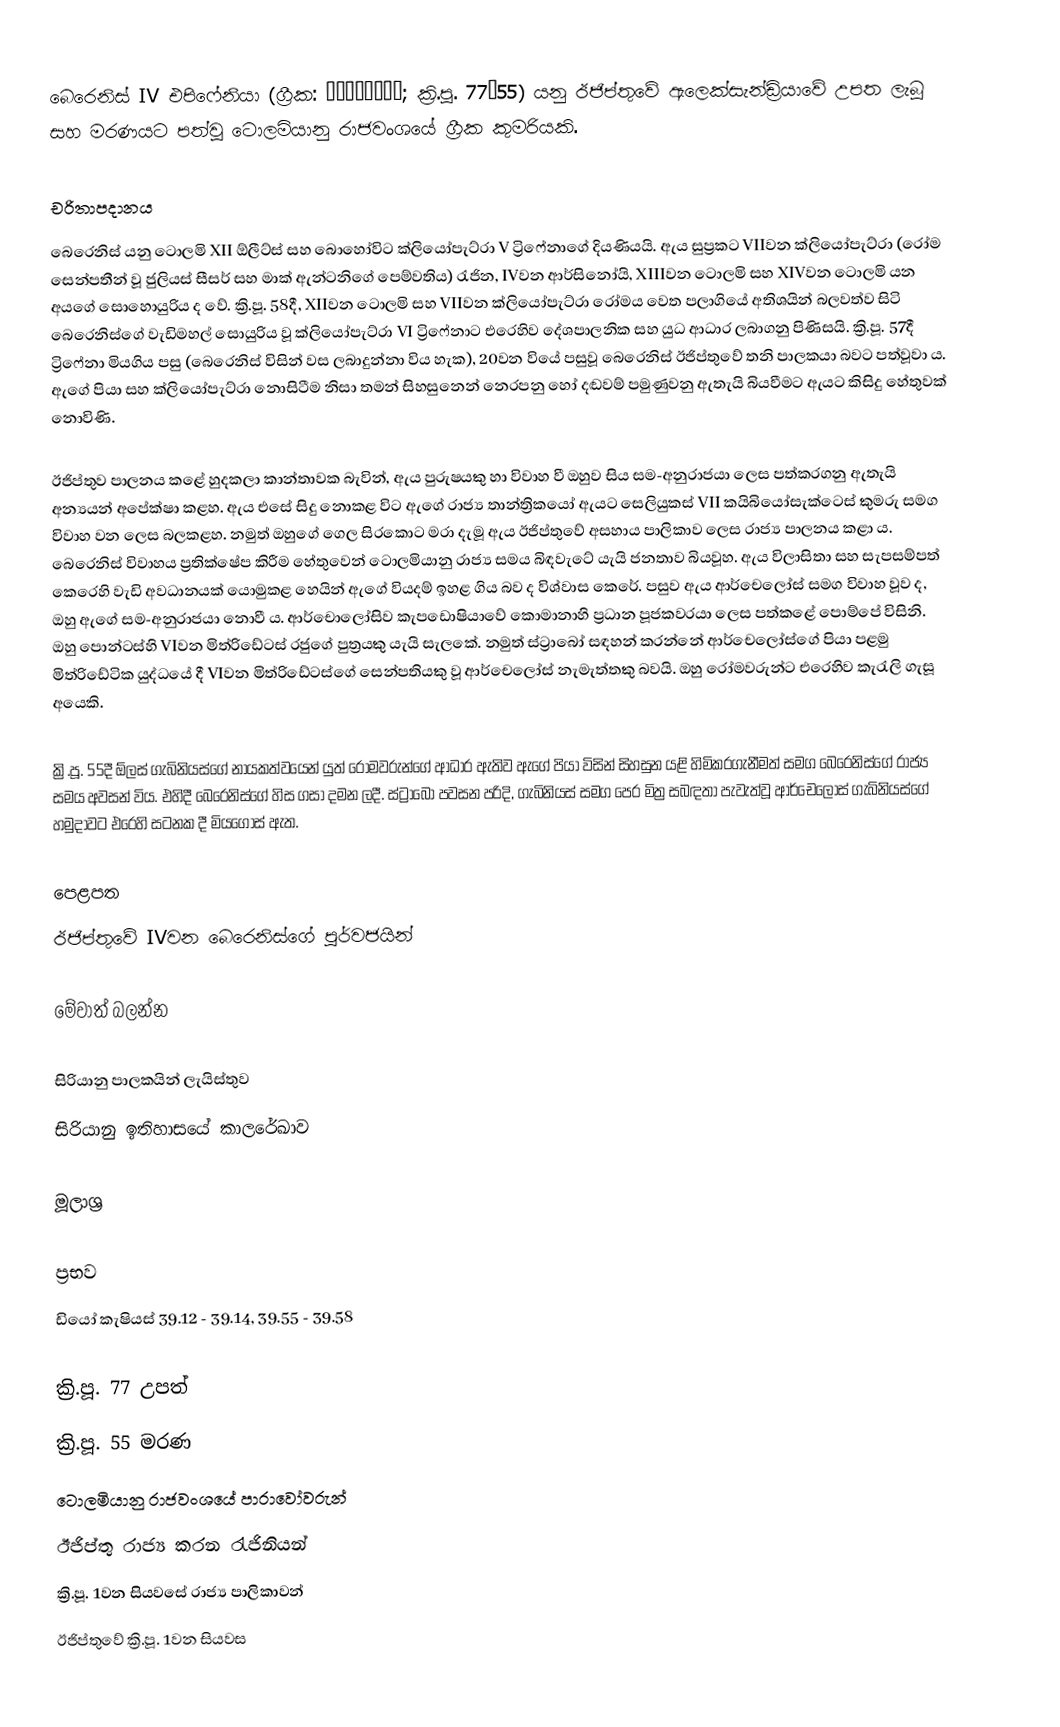
බෙරෙනිස් IV එපිෆේනියා (ග්‍රීක: Βερενίκη; ක්‍රි.පූ. 77–55) යනු ඊජිප්තුවේ ඇලෙක්සැන්ඩ්‍රියාවේ උපත ලැබූ සහ මරණයට පත්වූ ටොලමියානු රාජවංශයේ ග්‍රීක කුමරියකි.

චරිතාපදානය
බෙරෙනිස් යනු ටොලමි XII ඕලීට්ස් සහ බොහෝවිට ක්ලියෝපැට්රා V ට්‍රිෆේනා‍ගේ දියණියයි. ඇය සුප්‍රකට VIIවන ක්ලියෝපැට්රා (රෝම සෙන්පතීන් වූ ජුලියස් සීසර් සහ මාක් ඇන්ටනිගේ පෙම්වතිය) රැජින, IVවන ආර්සිනෝයි, XIIIවන ටොලමි සහ XIVවන ටොලමි යන අයගේ සොහොයුරිය ද වේ. ක්‍රි.පූ. 58දී, XIIවන ටොලමි සහ VIIවන ක්ලියෝපැට්රා රෝමය වෙත පලාගියේ අතිශයින් බලවත්ව සිටි බෙරෙනිස්ගේ වැඩිමහල් සොයුරිය වූ ක්ලියෝපැට්රා VI ට්‍රිෆේනාට එරෙහිව දේශපාලනික සහ යුධ ආධාර ලබාගනු පිණිසයි. ක්‍රි.පූ. 57දී ට්‍රිෆේනා මියගිය පසු (බෙරෙනිස් විසින් වස ලබාදුන්නා විය හැක), 20වන වියේ පසුවූ බෙරෙනිස් ඊජිප්තුවේ තනි පාලකයා බවට පත්වූවා ය. ඇගේ පියා සහ ක්ලියෝපැට්රා නොසිටීම නිසා තමන් සිහසුනෙන් නෙරපනු හෝ දඬවම් පමුණුවනු ඇතැයි බියවීමට ඇයට කිසිදු හේතුවක් නොවිණි.

ඊජිප්තුව පාලනය කළේ හුදකලා කාන්තාවක බැවින්, ඇය පුරුෂයකු හා විවාහ වී ඔහුව සිය සම-අනුරාජයා ලෙස පත්කරගනු ඇතැයි අන්‍යයන් අපේක්ෂා කළහ. ඇය එසේ සිදු නොකළ විට ඇගේ රාජ්‍ය තාන්ත්‍රිකයෝ ඇයට සෙලියුකස් VII කයිබියෝසැක්ටෙස් කුමරු සමග විවාහ වන ලෙස බලකළහ. නමුත් ඔහුගේ ගෙල සිරකොට මරා දැමූ ඇය ඊජිප්තුවේ අසහාය පාලිකාව ලෙස රාජ්‍ය පාලනය කළා ය. බෙරෙනිස් විවාහය ප්‍රතික්ෂේප කිරීම හේතුවෙන්‍ ටොලමියානු රාජ්‍ය සමය බිඳවැටේ යැයි ජනතාව බියවූහ. ඇය විලාසිතා සහ සැපසම්පත් කෙරෙහි වැඩි අවධානයක් යොමුකළ හෙයින් ඇගේ වියදම් ඉහළ ගිය බව ද විශ්වාස කෙරේ. පසුව ඇය ආර්චෙලෝස් සමග විවාහ වූව ද, ඔහු ‍ඇගේ සම-අනුරාජයා නොවී ය. ආර්චොලෝසිව කැපඩොෂියාවේ කොමානාහි ප්‍රධාන පූජකවරයා ලෙස පත්කළේ පොම්පේ විසිනි. ඔහු පොන්ටස්හි VIවන මිත්රිඩේටස් රජුගේ පුත්‍රයකු යැයි සැලකේ. නමුත් ස්ට්‍රාබෝ සඳහන් කරන්නේ ආර්චෙලෝස්ගේ පියා පළමු මිත්රිඩේටික යුද්ධයේ දී VIවන මිත්රිඩේටස්ගේ සෙන්පතියකු වූ ආර්චෙලෝස් නැමැත්තකු බවයි. ඔහු රෝමවරුන්ට එරෙහිව කැරැලි ගැසූ අයෙකි.

ක්‍රි.පූ. 55දී ඕලස් ගැබිනියස්ගේ නායකත්වයෙන් යුත් රෝමවරුන්ගේ ආධාර ඇතිව ඇගේ පියා විසින් සිහසුන යළි හිමිකරගැනීමත් සමග බෙරෙනිස්ගේ රාජ්‍ය සමය අවසන් විය. එහිදී බෙරෙනිස්ගේ හිස ගසා දමන ලදී. ස්ට්‍රාබෝ පවසන පරිදි, ගැබිනියස් සමග පෙර මිත්‍ර සබඳතා පැවැත්වූ ආර්චෙලෝස් ගැබිනියස්ගේ හමුදාවට එරෙහි සටනක දී මියගොස් ඇත.

පෙළපත
ඊජිප්තුවේ IVවන බෙරෙනිස්ගේ පූර්වජයින්

මේවාත් බලන්න

 සිරියානු පාලකයින් ලැයිස්තුව
 සිරියානු ඉතිහාසයේ කාලරේඛාව

මූලාශ්‍ර

ප්‍රභව
 ඩියෝ කැෂියස් 39.12 - 39.14, 39.55 - 39.58

ක්‍රි.පූ. 77 උපත්
ක්‍රි.පූ. 55 මරණ
ටොලමියානු රාජවංශයේ පාරාවෝවරුන්
ඊජිප්තු රාජ්‍ය කරන රැජිනියන්
ක්‍රි.පූ. 1වන සියවසේ රාජ්‍ය පාලිකාවන්
ඊජිප්තුවේ ක්‍රි.පූ. 1වන සියවස